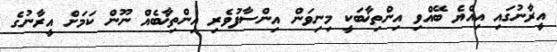
އީރާނުގައި އިއްޔެ ބޭއްވި އިންތިޚާބަކީ މިނިވަން އިންސާފުވެރި އިންތިޚާބެއް ނޫން ކަމަށް އީރާނުގެ